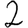
Digit: 2